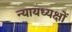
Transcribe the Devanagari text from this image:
न्यायध्यक्षों